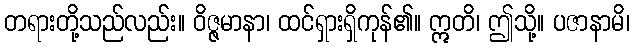
တရားတို့သည်လည်း။ ဝိဇ္ဇမာနာ၊ ထင်ရှားရှိကုန်၏။ ဣတိ၊ ဤသို့။ ပဇာနာမိ၊